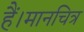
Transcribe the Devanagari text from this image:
हैं।मानचित्र